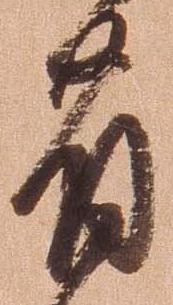
省